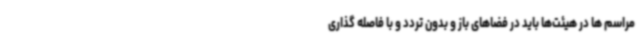
مراسم ها در هیئت‌ها باید در فضاهای باز و بدون تردد و با فاصله گذاری